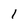
Character: I